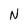
Character: N